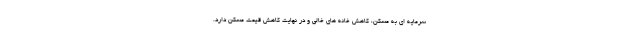
سرمایه ای به مسکن، کاهش خانه های خالی و در نهایت کاهش قیمت مسکن دارد.